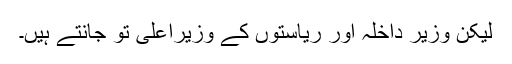
لیکن وزیر داخلہ اور ریاستوں کے وزیراعلیٰ تو جانتے ہیں۔